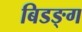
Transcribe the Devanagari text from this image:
बिडङ्ग